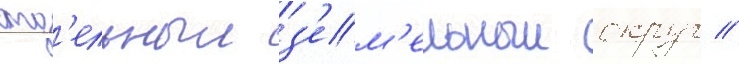
отд'ельныи з'ем'ельныи округ //